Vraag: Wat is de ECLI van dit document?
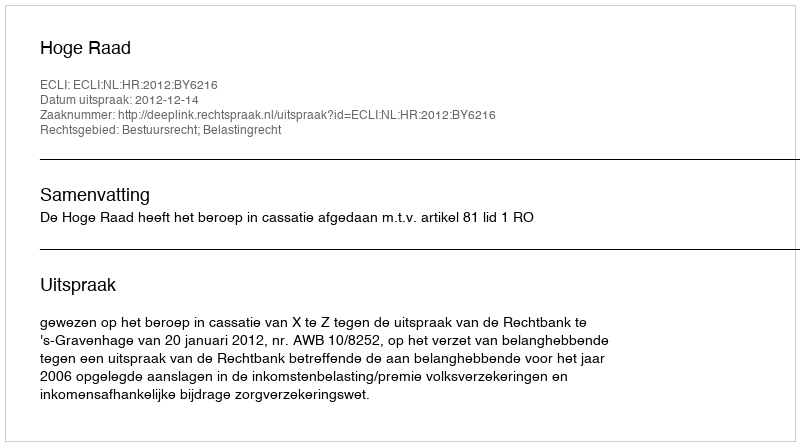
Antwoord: ECLI:NL:HR:2012:BY6216